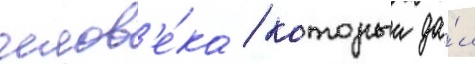
челов'е́ка / которыи да́л